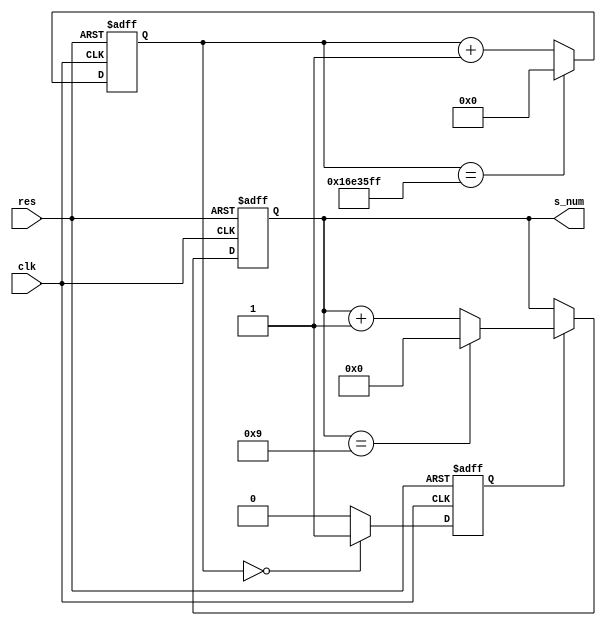
//01/31/21 19:43:03
//Authorxuhao Yang/
//0~924mhz
`timescale 1ns/10ps
module  s_counter(clk,res,s_num);
		
    input clk;
    input res;
    output[3:0] s_num;
    
    parameter frequency_clk = 24;
    
    reg[24:0] con_t;//clk
    reg  s_pulse;//
    reg[3:0] s_num;
    always @(posedge clk or negedge res)
    if(~res) begin
    	con_t<=0;s_pulse<=0;s_num<=0;
    end
    else begin
    	if(con_t==frequency_clk*1000000-1)begin
    		con_t<=0;
    	end
    	else begin
    		con_t<=con_t+1;
    	end
    	if (con_t==0)begin
    		s_pulse<=1;
    	end
    	else begin
    		s_pulse<=0;
    	end
    	if(s_pulse)begin
    		if(s_num==9)begin
    			s_num<=0;
    		end
    		else begin
    			s_num<=s_num+1;
    		end
    		
    	end
 
    end
    

endmodule

module s_counter_tb;
	reg clk,res;
	wire[3:0] s_num;
	s_counter  s_counter(.clk(clk),.res(res),.s_num(s_num));
	
	initial begin
		clk<=0;res<=0;
		#17 res<=1;
		#1000 $stop;
	end
	
	always #5 clk<=~clk;
	
endmodule